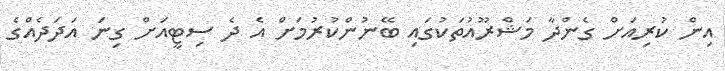
އިން ކުރިއަށް ގެންދާ މަޝްރޫއުތަކުގައި ބޭނުންކުރުމަށް އެ ދެ ސިޓީއަށް ގިނަ އަދަދެއްގެ